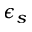
\epsilon _ { s }